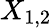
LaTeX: X_{1,2}